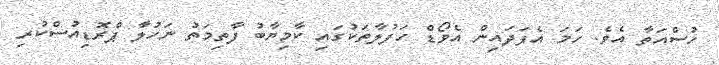
ހުސްއަތާ އެވެ. ހަމަ އެފަދައިން އެވޯޑް ހަފުލާތަކުގައި ކާމިޔާބު ފާތިމަތު ނަހުލާ ޕްރޮޑިއުސްކުރި